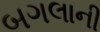
બગલાની